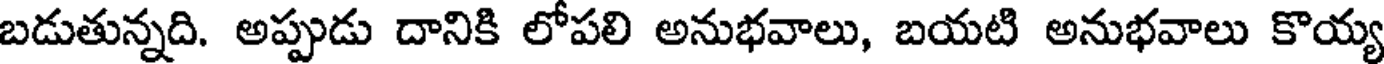
బడుతున్నది. అప్పుడు దానికి లోపలి అనుభవాలు, బయటి అనుభవాలు కొయ్య